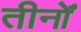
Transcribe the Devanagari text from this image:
तीनोँ